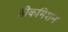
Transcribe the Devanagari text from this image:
डीकमिशन